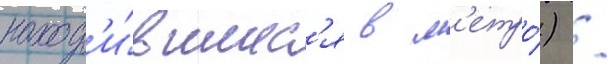
наход'и́вшиес'я в м'етро́) /